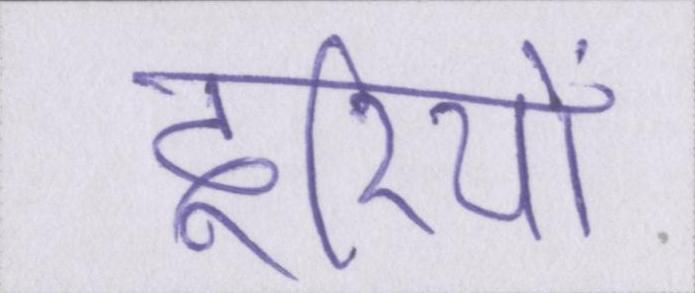
दूरियों